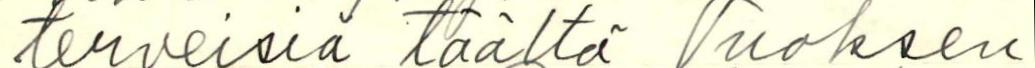
terveisiä täältä Vuoksen